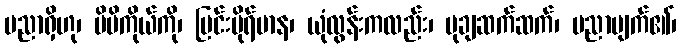
ပညာရှိဟု၊ မိမိကိုယ်ကို၊ မြင်းမိုရ်မာန၊ ယုံလွန်းကလည်း၊ မုချဆက်ဆက်၊ ပညာပျက်၏၊